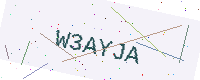
Text: W3AYJA